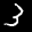
Label: 3